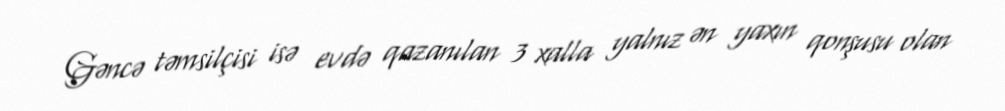
Gəncə təmsilçisi isə evdə qazanılan 3 xalla yalnız ən yaxın qonşusu olan